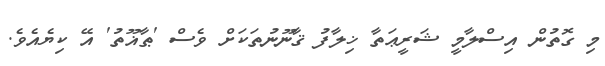
މި ގޮތުން އިސްލާމީ ޝަރީޢަތާ ޚިލާފު ޤާނޫނުތަކަށް ވެސް 'ޠާޣޫތު' އޭ ކިޔެއެވެ.